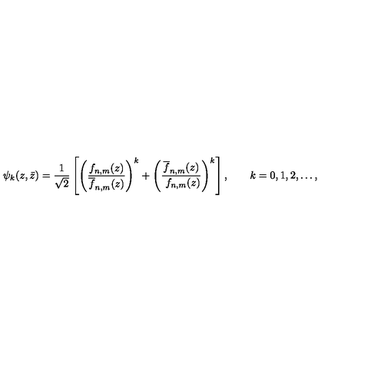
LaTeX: \psi _ { k } ( z , \bar { z } ) = { \frac { 1 } { \sqrt 2 } } \left[ \left( { \frac { f _ { n , m } ( z ) } { \overline { f } _ { n , m } ( z ) } } \right) ^ { k } + \left( { \frac { \overline { { f } } _ { n , m } ( z ) } { \ f _ { n , m } ( z ) } } \right) ^ { k } \right] , \qquad k = 0 , 1 , 2 , \ldots ,